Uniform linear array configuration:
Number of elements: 16
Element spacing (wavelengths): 1
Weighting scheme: hann
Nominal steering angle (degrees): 45
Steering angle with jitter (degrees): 44.431
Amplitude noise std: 0.05
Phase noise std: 0.05

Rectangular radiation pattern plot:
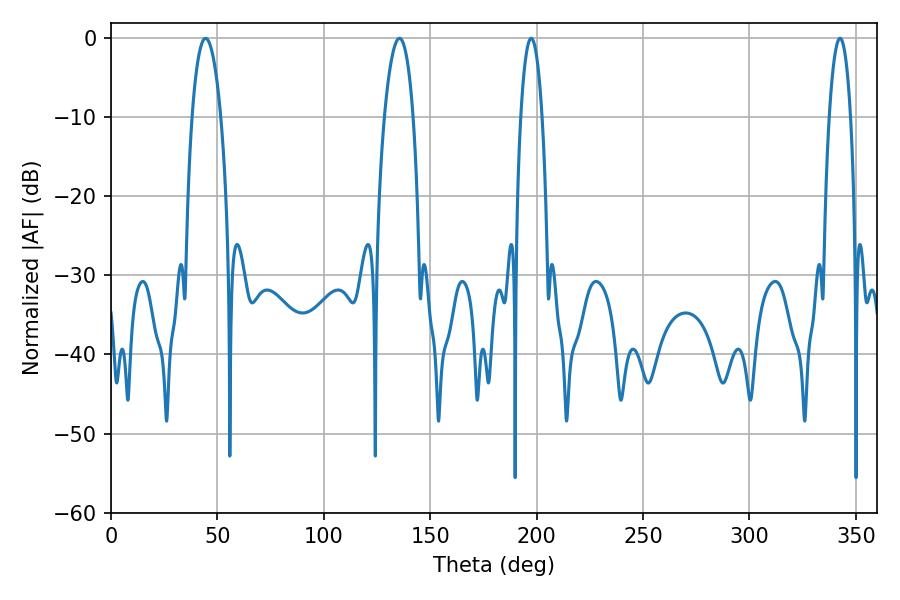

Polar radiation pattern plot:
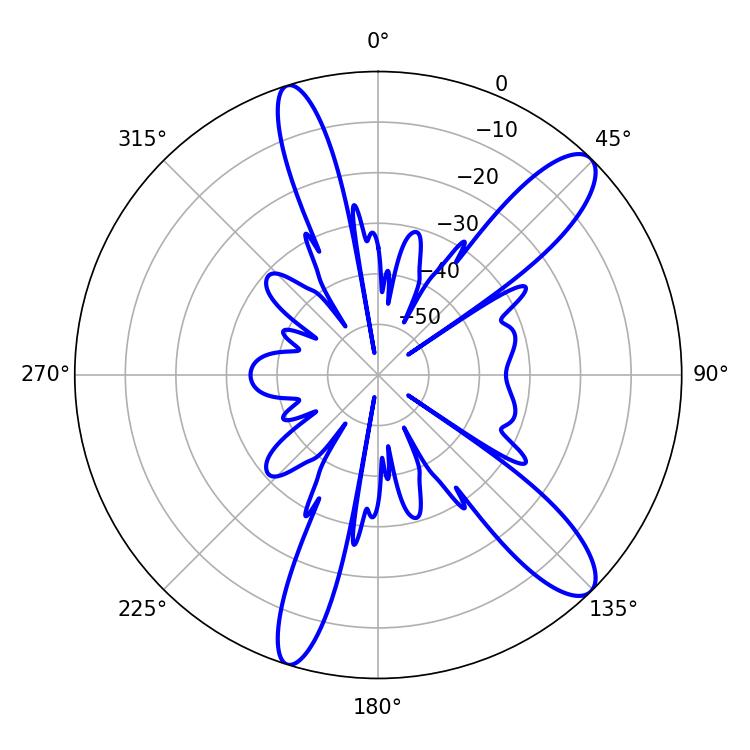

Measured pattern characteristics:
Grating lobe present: TRUE
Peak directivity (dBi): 11.717
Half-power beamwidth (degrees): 7.56
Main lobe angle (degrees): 44.46